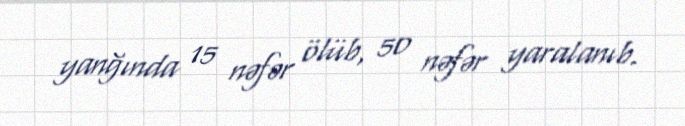
yanğında 15 nəfər ölüb, 50 nəfər yaralanıb.